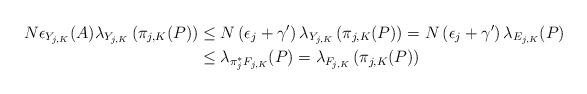
LaTeX: \begin{align*}N \epsilon_{Y_{j,K}}(A) \lambda_{Y_{j,K}}\left(\pi_{j,K}(P)\right) & \le N\left(\epsilon_{j}+\gamma'\right) \lambda_{Y_{j,K}}\left(\pi_{j,K}(P)\right)=N\left(\epsilon_{j}+\gamma'\right) \lambda_{E_{j,K}}(P) \\& \le \lambda_{\pi_{j}^* F_{j,K}}(P)=\lambda_{F_{j,K}}\left(\pi_{j,K}(P)\right)\end{align*}